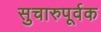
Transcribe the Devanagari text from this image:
सुचारुपूर्वक